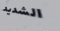
الشديد